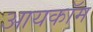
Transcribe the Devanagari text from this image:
आयकॉम